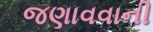
જણાવવાની